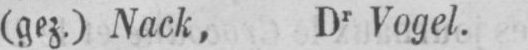
(gez,) Nack, Dr Vogel.